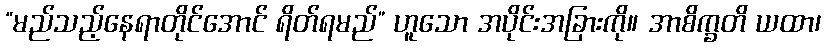
“မည်သည့်နေရာတိုင်အောင် ရိတ်ရမည်” ဟူသော အပိုင်းအခြားကို။ အာစိက္ခတိ ယထာ၊